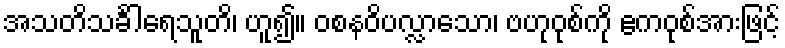
အသတိသင်္ခါရေသူတိ၊ ဟူ၍။ ဝစနဝိပလ္လာသော၊ ဗဟုဝုစ်ကို ဧကဝုစ်အားဖြင့်